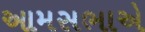
આમસભાએ